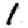
Digit: 1